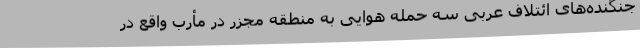
جنگنده‌های ائتلاف عربی سه حمله هوایی به منطقه مجزر در مأرب واقع در